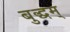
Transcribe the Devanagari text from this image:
बुद्धम्